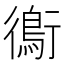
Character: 鵆